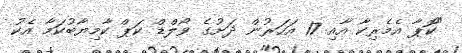
"ކޮޕާ އެމެރިކާ އާއި 17 އަހަރުން ދަށުގެ ވޯލްޑް ކަޕް ކާމިޔާބުކަމާ އެކު